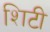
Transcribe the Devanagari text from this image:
शिटी